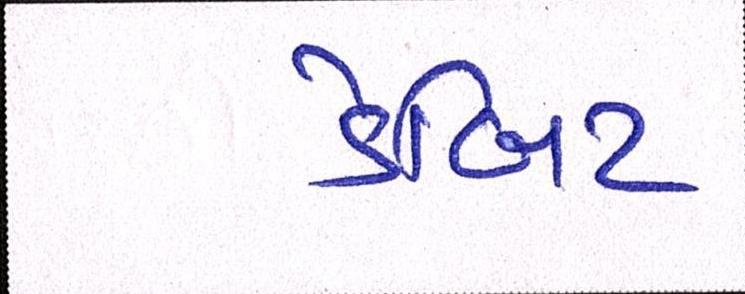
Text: ડેબિટ